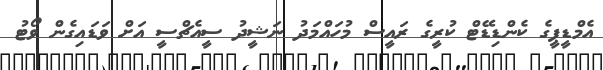
އެމްޑީޕީގެ ކެންޑިޑޭޓް ކުރީގެ ރައީސް މުހައްމަދު ނަޝީދު ސީއެޗްސީ އަށް ވަޑައިގެން ވޯޓު